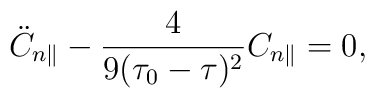
\ddot{C}_{n\parallel}-\frac{4}{9(\tau_0-\tau)^2}C_{n\parallel}=0,